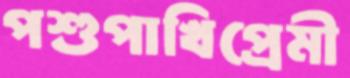
পশুপাখিপ্রেমী